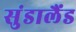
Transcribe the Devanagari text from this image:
सुंडालैंड